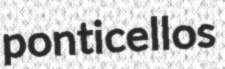
ponticellos